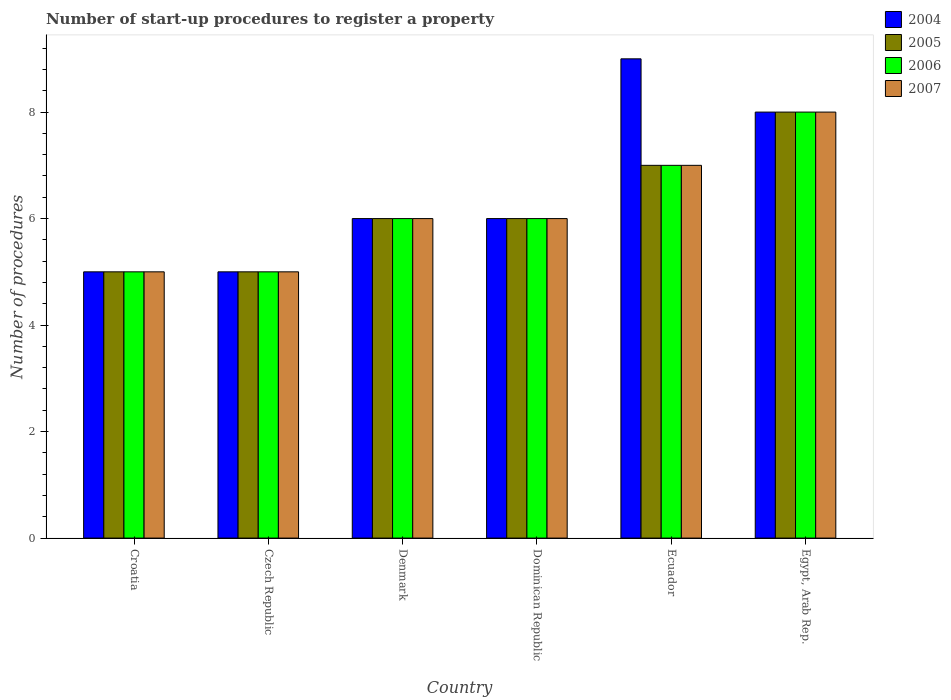
| Country | 2004 | 2005 | 2006 | 2007 |
 | --- | --- | --- | --- | --- |
 | Croatia | 5 | 5 | 5 | 5 |
 | Czech Republic | 5 | 5 | 5 | 5 |
 | Denmark | 6 | 6 | 6 | 6 |
 | Dominican Republic | 6 | 6 | 6 | 6 |
 | Ecuador | 9 | 7 | 7 | 7 |
 | Egypt, Arab Rep. | 8 | 8 | 8 | 8 |